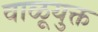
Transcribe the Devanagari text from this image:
वाळूयुक्त